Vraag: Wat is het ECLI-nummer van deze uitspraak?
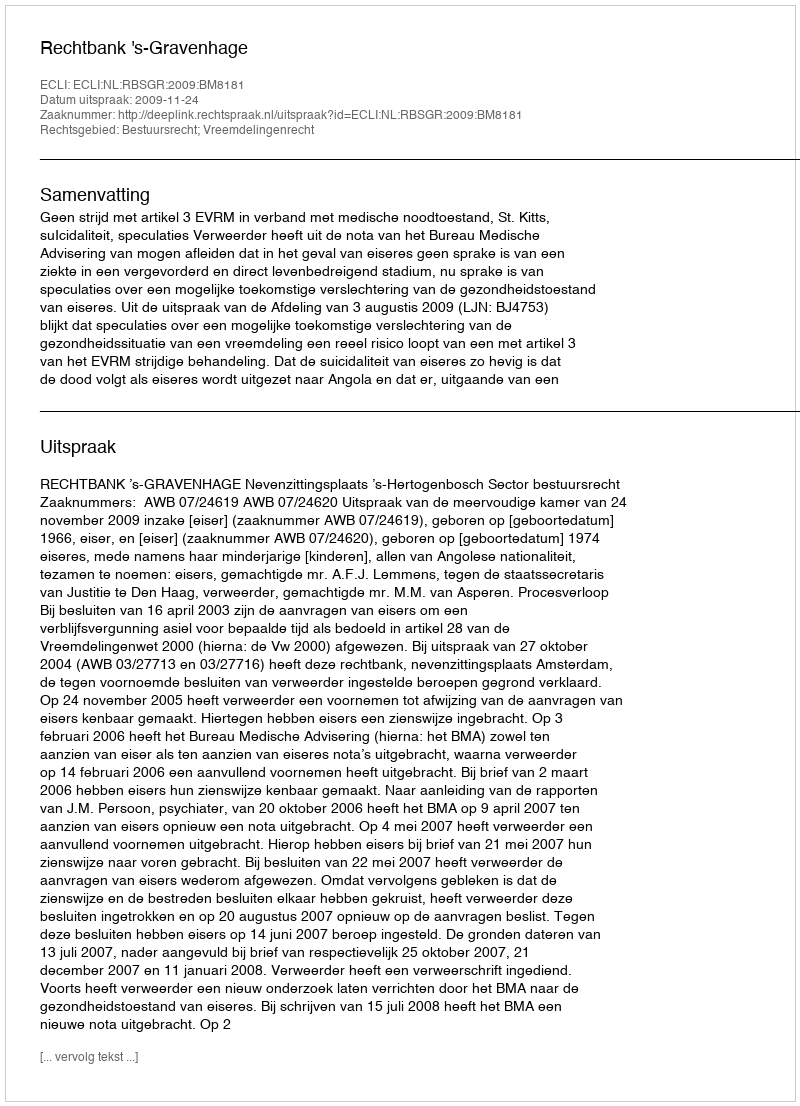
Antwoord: ECLI:NL:RBSGR:2009:BM8181